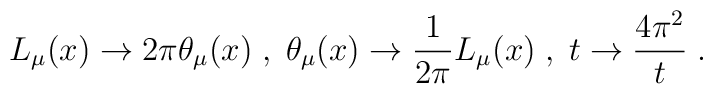
L_{\mu} (x) \to 2 \pi \theta_{\mu} (x) \;,\; \theta_{\mu} (x) \to\frac{1}{2 \pi} L_{\mu} (x) \;,\; t \to \frac{4 \pi^2}{t} \;.